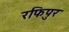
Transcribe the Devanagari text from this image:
रफिपुर